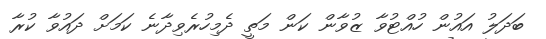
ބަދަލު އައުން ހުއްޓުވާ ޒުވާން ކަން މަތީ ދެމިހުރެވިދާނެ ކަމަށް ދައުވާ ކުރާ